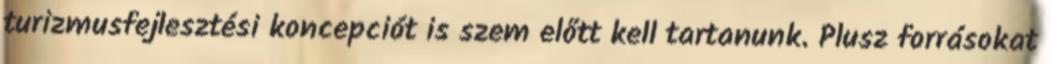
turizmusfejlesztési koncepciót is szem előtt kell tartanunk. Plusz forrásokat